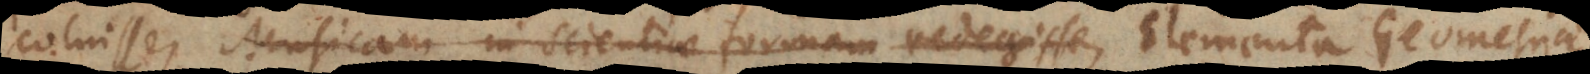
coluisse, Musicam in scientiae formam redegisse, Elementa Geomet